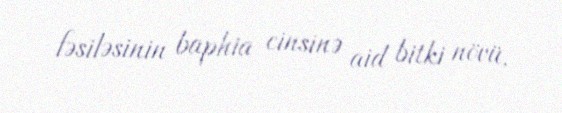
fəsiləsinin baphia cinsinə aid bitki növü.